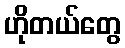
ဟိုတယ်တွေ